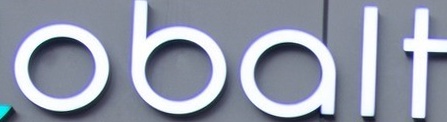
obalt